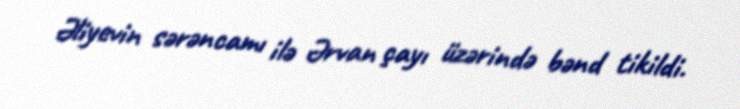
Əliyevin sərəncamı ilə Ərvan çayı üzərində bənd tikildi.